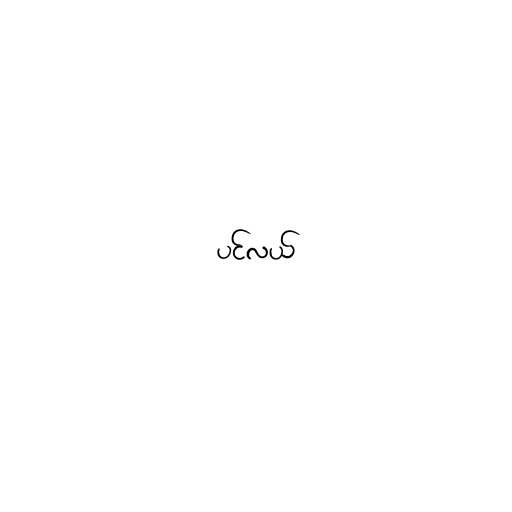
ပင်လယ်